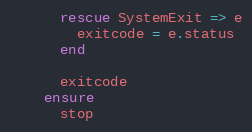
Language: Ruby
      rescue SystemExit => e
        exitcode = e.status
      end

      exitcode
    ensure
      stop